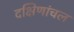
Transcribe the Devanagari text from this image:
दक्षिणांचल